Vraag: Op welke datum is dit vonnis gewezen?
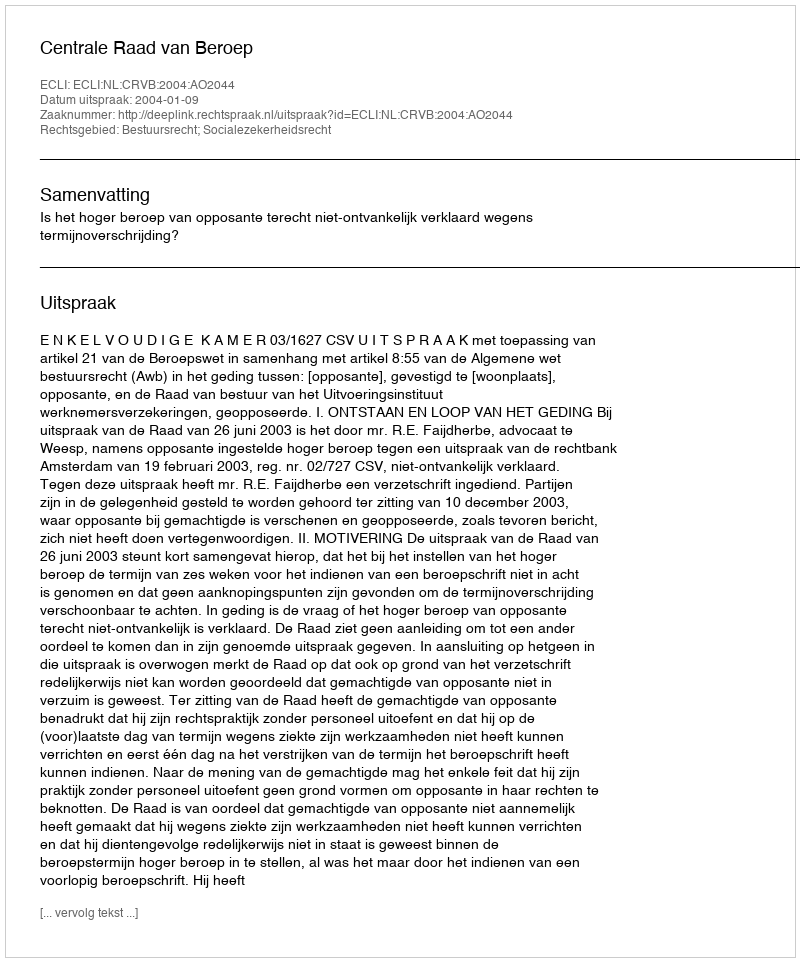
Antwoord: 2004-01-09